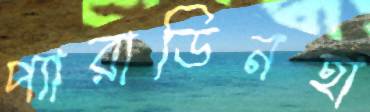
প্যারাডিনহা